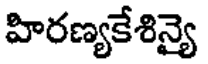
హిరణ్యకేశిన్యై